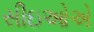
સીઇઓએ